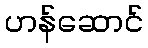
ဟန်ဆောင်